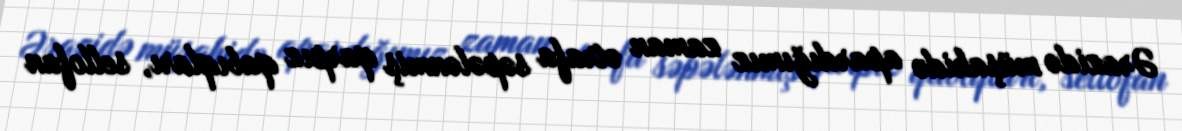
Ərazidə müşahidə apardığımız zaman ətrafa səpələnmiş qarpız qabıqları, sellofan